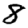
Digit: 8